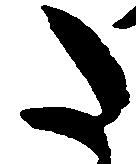
た